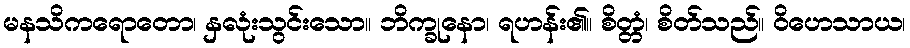
မနသိကရောတော၊ နှလုံးသွင်းသော။ ဘိက္ခုနော၊ ရဟန်း၏။ စိတ္တံ၊ စိတ်သည်။ ဝိဟေသာယ၊